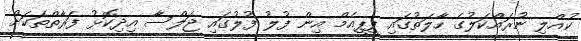
ކުއްލި ނުރައްކަލުގެ ހާލަތުގައި ޕީޕީއެމް އިން ފުލު ފުލުގައި ޖަލްސާ އިދިކޮޅު ފަރާތްތަކަށް